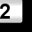
Digit: 2